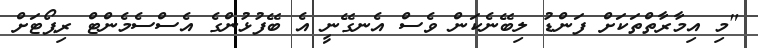
"މި އިމާރާތްތަކަށް ފަންޑު ލިބޭނެކަން ވެސް އެނގޭނީ އެ ބޭފުޅުންގެ އެސްސެމެންޓް ރިޕޯޓަށް